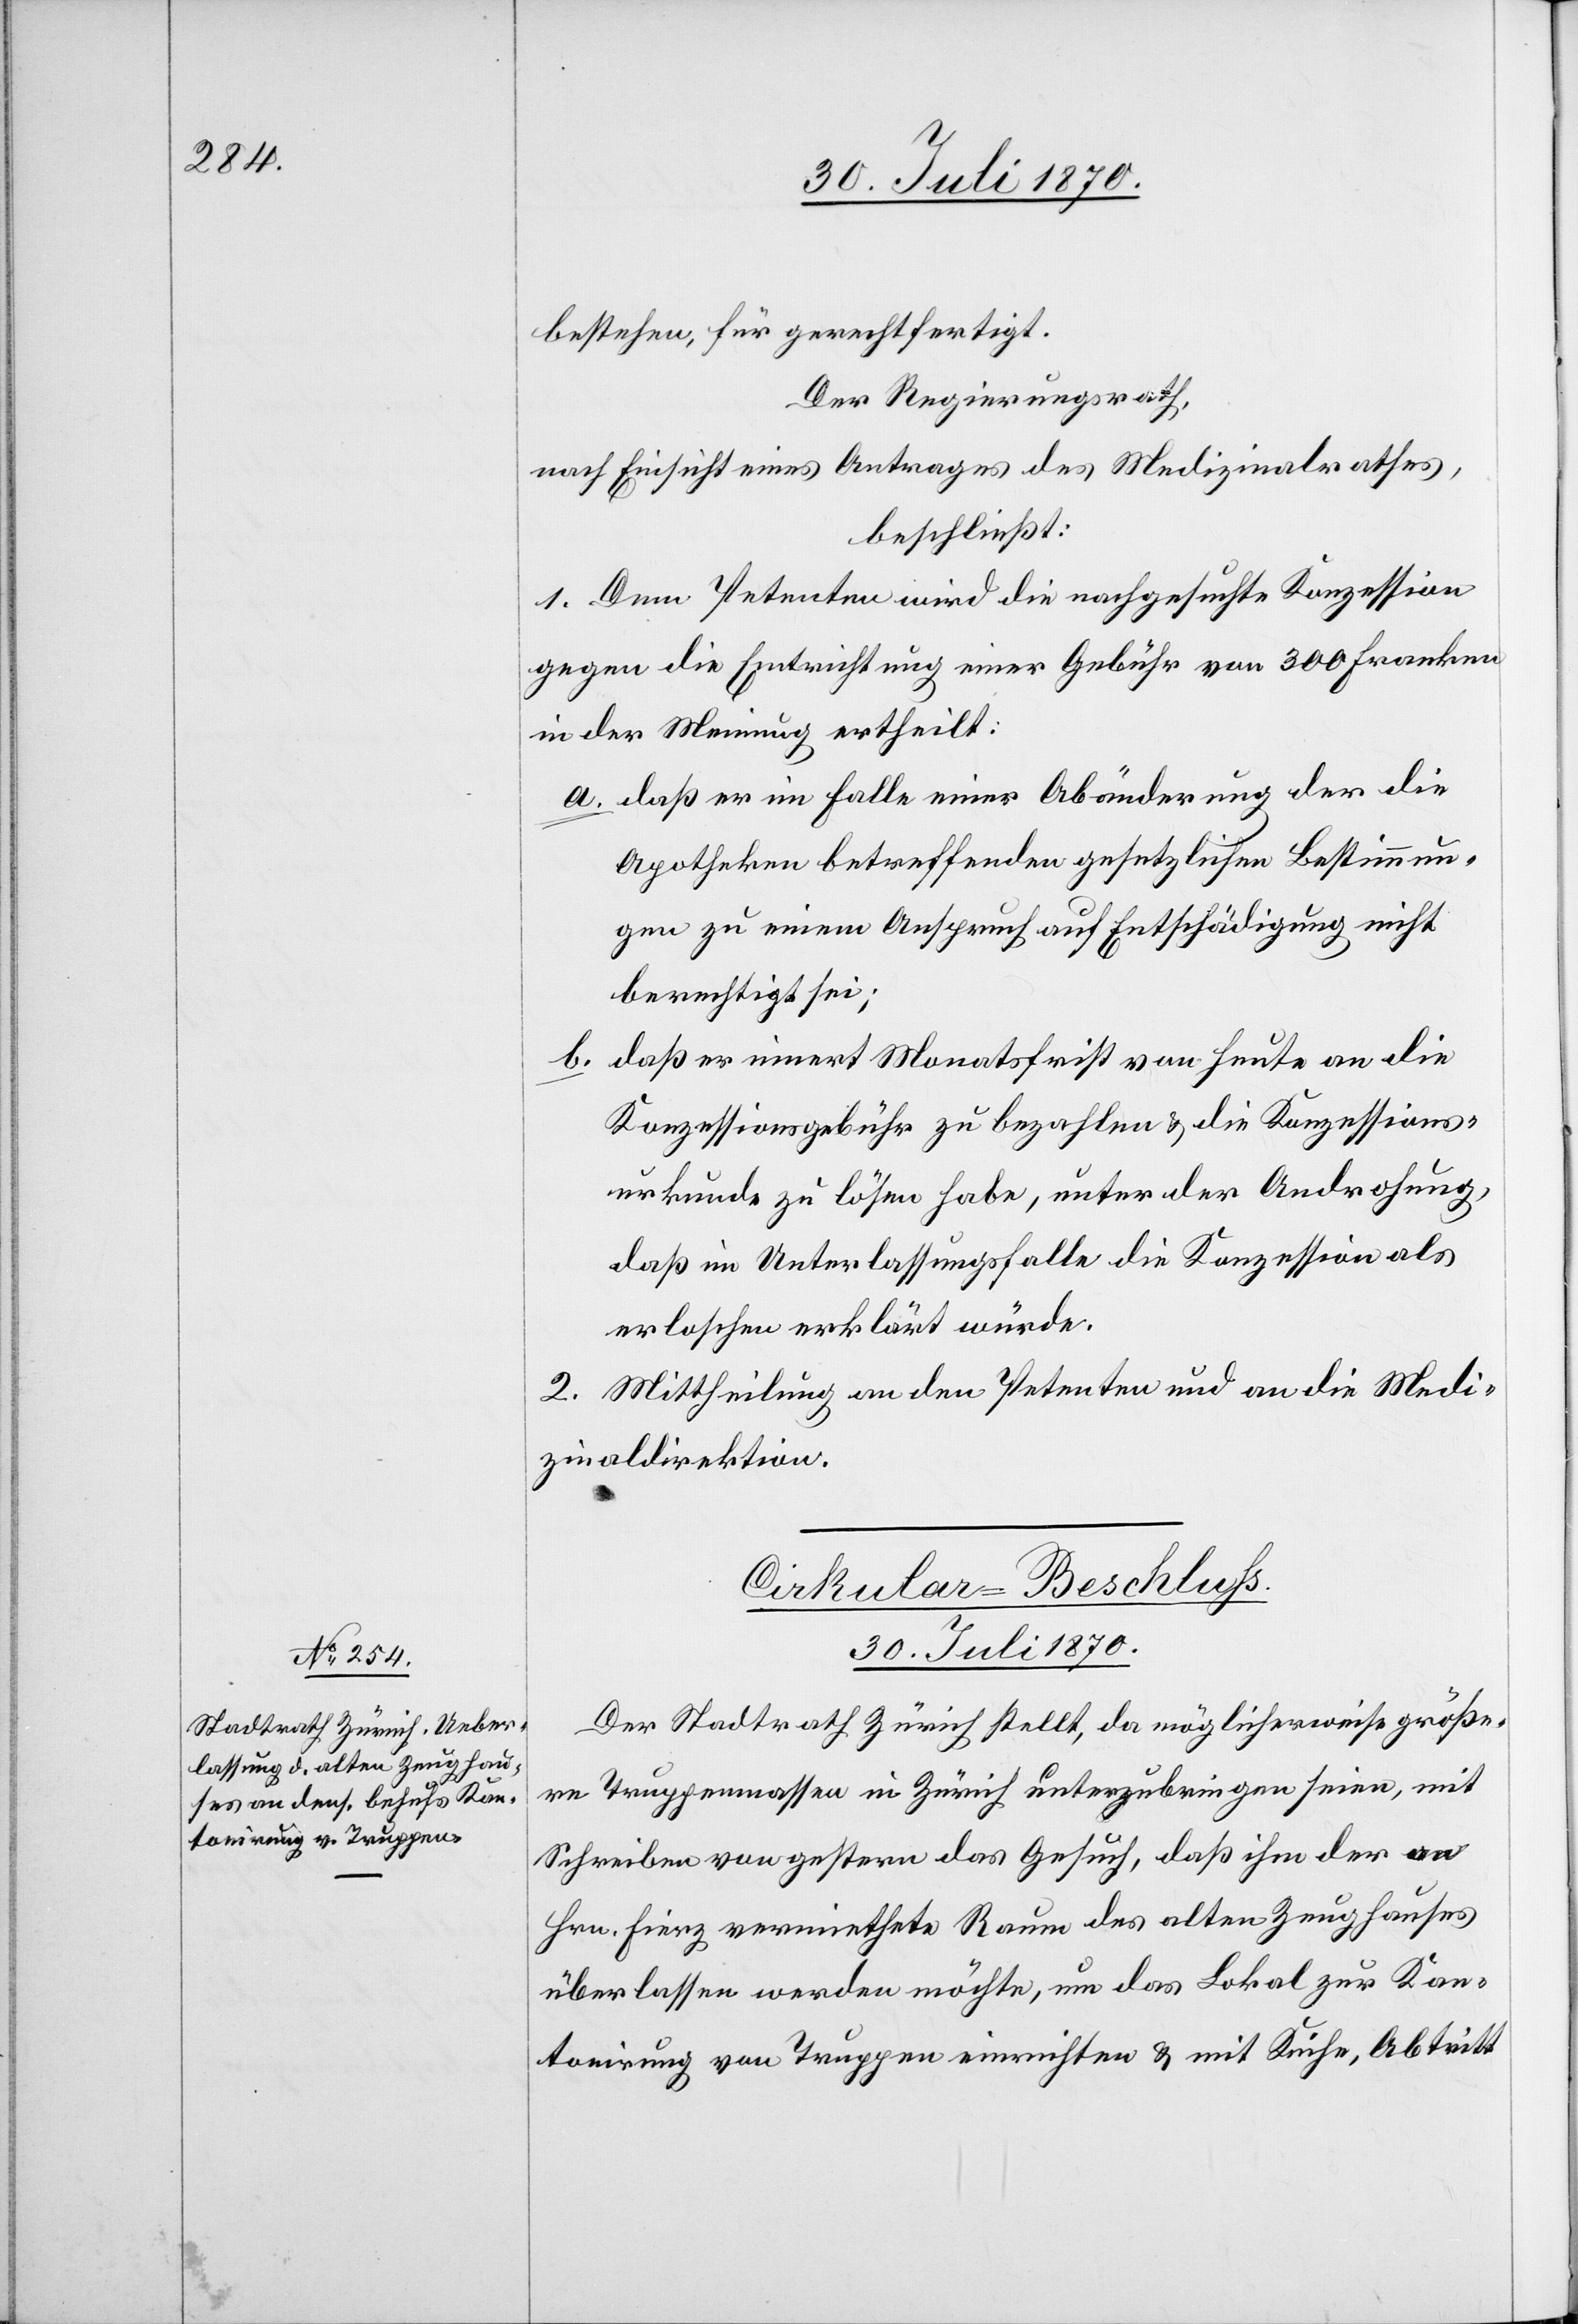
bestehen, für gerechtfertigt.
Der Regierungsrath,
nach Einsicht eines Antrages des Medizinalrathes,
beschließt:
1. Dem Petenten wird die nachgesuchte Konzession
gegen die Entrichtung einer Gebühr von 300 Franken
in der Meinung ertheilt:
a. daß er im Falle einer Abänderung der die
Apotheken betreffenden gesetzlichen Bestimmun¬
gen zu einem Anspruch auf Entschädigung nicht
berechtigt sei;
b. daß er innert Monatsfrist von heute an die
Konzessionsgebühr zu bezahlen & die Konzessions¬
urkunde zu lösen habe, unter der Androhung,
daß im Unterlassungsfalle die Konzession als
erloschen erklärt würde.
2. Mittheilung an den Petenten und an die Medi¬
zinaldirektion.
Cirkular-Beschluss.
30. Juli 1870.
Der Stadtrath Zürich stellt, da möglicherweise größe¬
re Truppenmassen in Zürich unterzubringen seien, mit
Schreiben vom gestern das Gesuch, daß ihm der an
Hrn. Fierz vermiethete Raum des alten Zeughauses
überlassen werden möchte, um das Lokal zur Kan¬
tonirung von Truppen einrichten und mit Küche, Abtritt